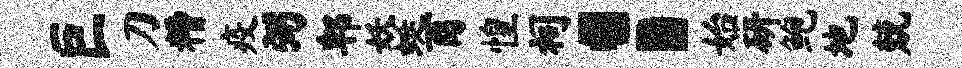
巨刀糟疫弼郫妖蜓酉惶祠：始研鲍地兢